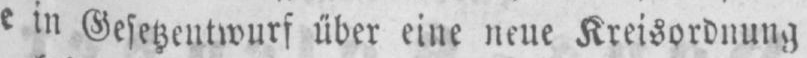
e in Gesetzentwurf über eine neue Kreisordnung